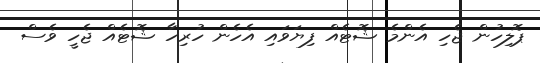
ޕޮލިހުން ޖެހި އެންމެ ޝޮޓެއް ފިޔަވައި އެހެން ހުރިހާ ޝޮޓެއް ޖެހީ ވެސް